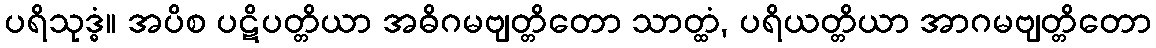
ပရိသုဒ္ဓံ။ အပိစ ပဋိပတ္တိယာ အဓိဂမဗျတ္တိတော သာတ္ထံ, ပရိယတ္တိယာ အာဂမဗျတ္တိတော